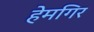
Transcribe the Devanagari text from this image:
हेमगिर